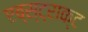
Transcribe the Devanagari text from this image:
एब्स्ट्राक्ट